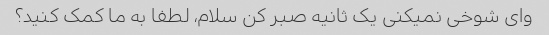
وای شوخی نمیکنی یک ثانیه صبر کن سلام، لطفا به ما کمک کنید؟